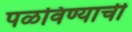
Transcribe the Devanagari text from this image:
पळविण्याची